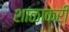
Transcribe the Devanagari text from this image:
शाळाकरी